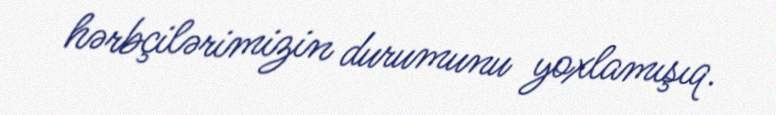
hərbçilərimizin durumunu yoxlamışıq.